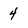
Character: 4